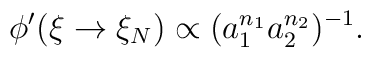
\phi'(\xi\rightarrow\xi_N)\propto(a_1^{n_1}a_2^{n_2})^{-1}.